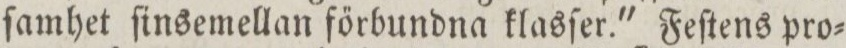
ſamhet ſinsemellan főrbundna klasſer.' Feſtens pro=